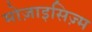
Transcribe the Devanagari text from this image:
मोज़ाइसिज़्म